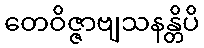
တေဝိဇ္ဇာဗျသနန္တိပိ